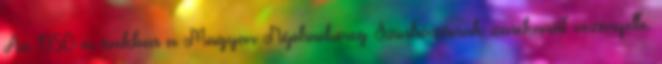
Az 1950-es években a Magyar Néphadsereg Színházának zenekarát vezényelte.